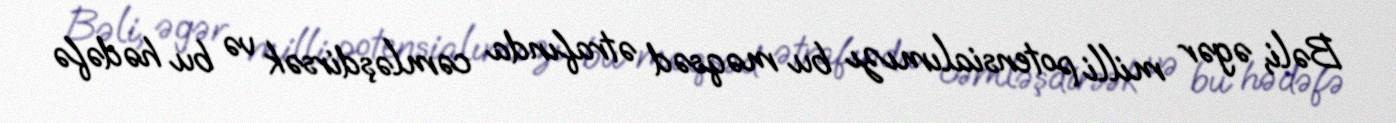
Bəli, əgər milli potensialımızı bu məqsəd ətrafında cəmləşdirsək və bu hədəfə